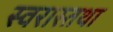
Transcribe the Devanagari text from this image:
स्वरास्तथा